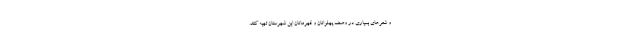
و شعرهای بسیاری در وصف پهلوانان و قهرمانان این شهرستان تهیه کنند.